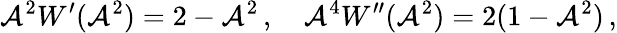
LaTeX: \mathcal{A}^{2}W^{\prime}(\mathcal{A}^{2})=2-\mathcal{A}^{2}\, ,\quad\mathcal{A}^{4}W^{\prime\prime}(\mathcal{A}^{2})=2(1-\mathcal{A}^{2})\, ,